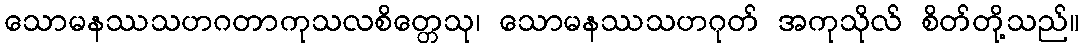
သောမနဿသဟဂတာကုသလစိတ္တေသု၊ သောမနဿသဟဂုတ် အကုသိုလ် စိတ်တို့သည်။